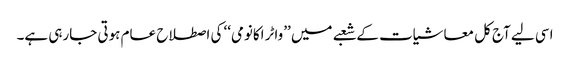
اسی لیے آج کل معاشیات کے شعبے میں ’’واٹر اکانومی‘‘ کی اصطلاح عام ہوتی جارہی ہے۔